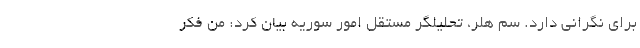
برای نگرانی دارد. سم هلر، تحلیلگر مستقل امور سوریه بیان کرد: من فکر